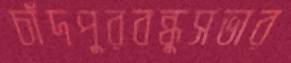
চাঁদপুরবন্ধুসভার